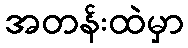
အတန်းထဲမှာ